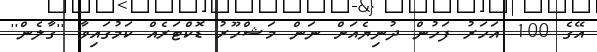
އޭގެ 100 އަހަރު ފަހުން ދުނިޔެއަށް ނަން މަޝްހޫރު ޑޮކްޓަރެއް ކަމުގައިވާ ''ގާލެން''